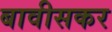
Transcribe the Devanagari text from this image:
बावीसकर